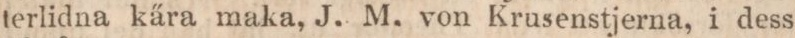
terlidna kära maka, J. M. von Krusenstjerna, i dess